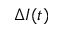
\Delta I ( t )